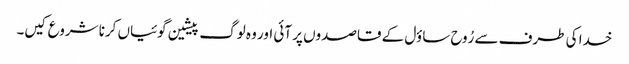
خدا کی طرف سے رُوح ساؤل کے قاصدوں پر آئی اور وہ لوگ پیشین گوئیاں کرنا شروع کیں۔